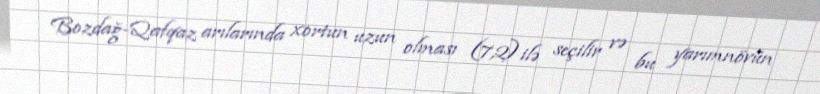
Bozdağ-Qafqaz arılarında xortun uzun olması (7,2) ilə seçilir və bu yarımnövün